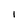
Character: 1